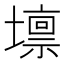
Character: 𡒄